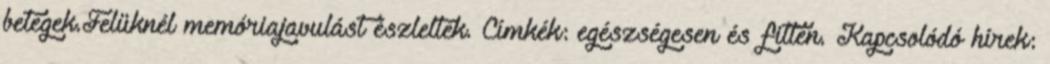
betegek.Felüknél memóriajavulást észleltek. Címkék: egészségesen és fitten. Kapcsolódó hírek: